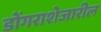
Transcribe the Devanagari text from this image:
डोंगराशेजारील